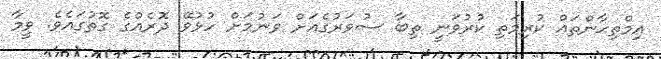
އިމްތިޙާންތައް ކުރިމަތި ކުރުވަނީ ތިބާ ސުވަރުގެއަށް ވަނުމަށް ހުޅުވޭ ދޮރެއްގެ ގޮތުގައެވެ. ވީމާ